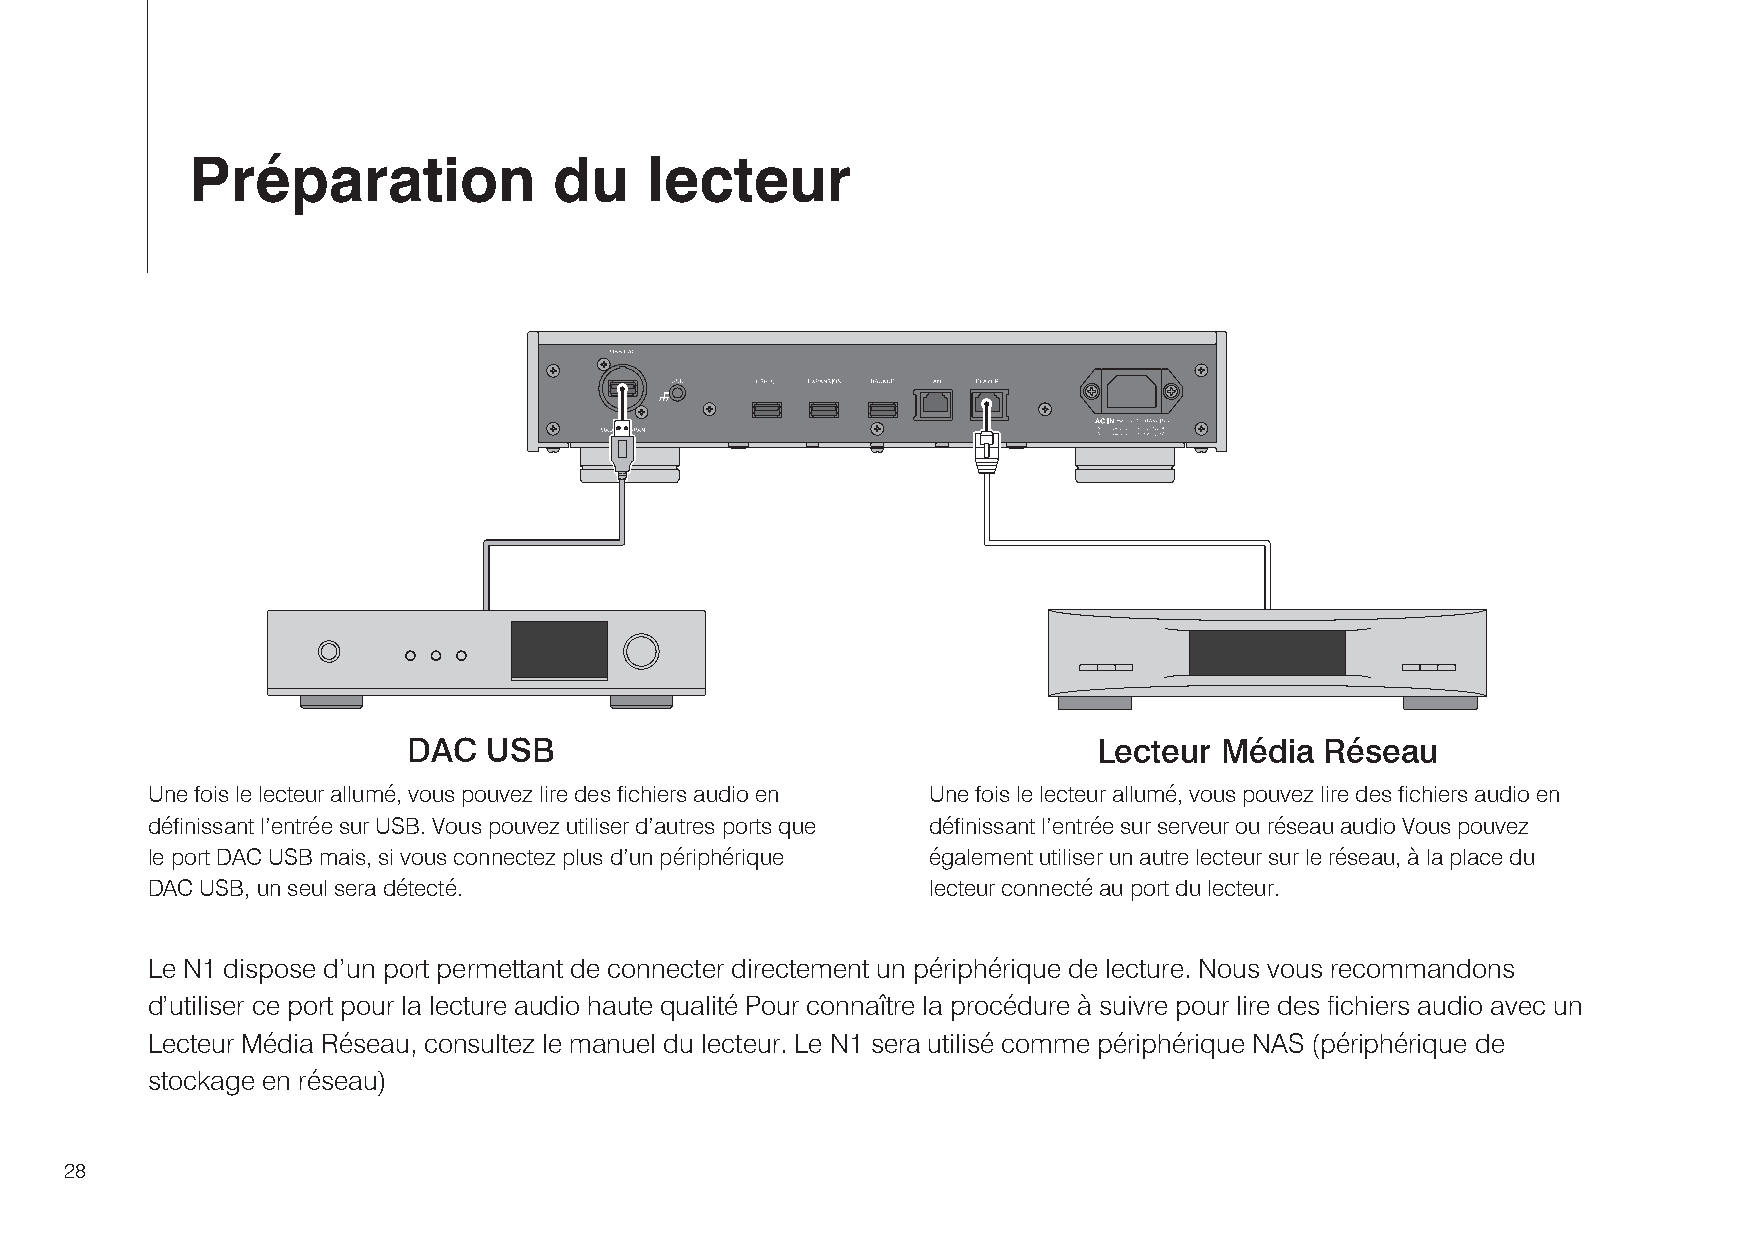
Préparation             du    lecteur
 DAC  USB                                      Lecteur Média  Réseau
 Une fois le lecteur allumé, vous pouvez lire des fichiers audio en Une fois le lecteur allumé, vous pouvez lire des fichiers audio en
 définissant l’entrée sur USB. Vous pouvez utiliser d’autres ports que définissant l’entrée sur serveur ou réseau audio Vous pouvez
 le port DAC USB mais, si vous connectez plus d’un périphérique également utiliser un autre lecteur sur le réseau, à la place du
 DAC USB, un seul sera détecté.                     lecteur connecté au port du lecteur.
 Le N1 dispose d’un port permettant de connecter directement un périphérique de lecture. Nous vous recommandons
 d’utiliser ce port pour la lecture audio haute qualité Pour connaître la procédure à suivre pour lire des fichiers audio avec un
 Lecteur Média Réseau, consultez le manuel du lecteur. Le N1 sera utilisé comme périphérique NAS (périphérique de
 stockage en réseau)
 28